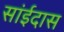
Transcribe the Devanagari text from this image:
सांईदास